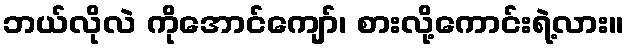
ဘယ်လိုလဲ ကိုအောင်ကျော်၊ စားလို့ကောင်းရဲ့လား။